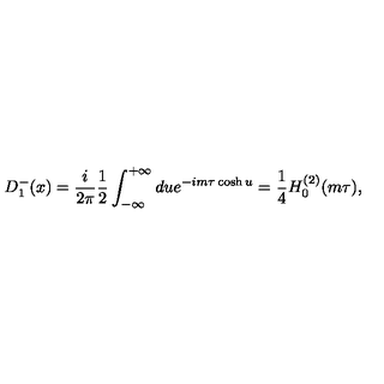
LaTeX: D _ { 1 } ^ { - } ( x ) = { \frac { i } { 2 \pi } } { \frac { 1 } { 2 } } \int _ { - \infty } ^ { + \infty } d u e ^ { - i m \tau \cosh u } = { \frac { 1 } { 4 } } H _ { 0 } ^ { ( 2 ) } ( m \tau ) ,